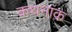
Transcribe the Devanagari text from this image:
कथनांक